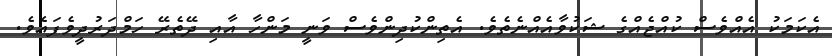
އެކަމަކު އެއްވެސް ކުއްޖެއްގެ ޝަކުވާއެއްނެތެވެ. އެތިންކުދިންވެސް ވަނީ މަންހާ އާއި ދޭތެރޭ ހަމްދަރުދީވެފައެވެ.